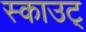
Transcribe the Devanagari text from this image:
स्काउट्